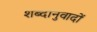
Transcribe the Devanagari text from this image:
शब्दानुवादों